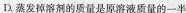
D.蒸发掉溶剂的质量是原溶液质量的一半